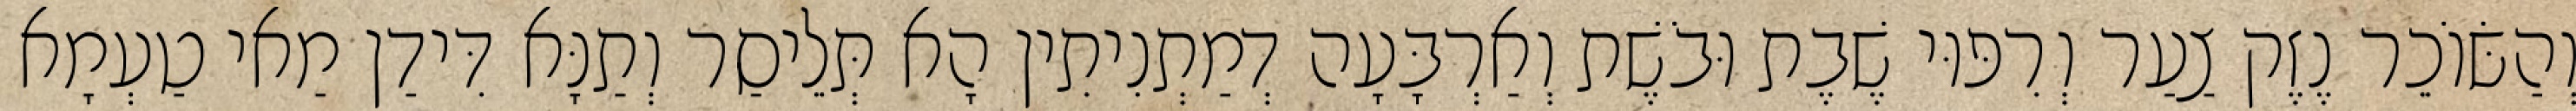
וְהַשּׂוֹכֵר נֶזֶק צַעַר וְרִפּוּי שֶׁבֶת וּבֹשֶׁת וְאַרְבָּעָה דְמַתְנִיתִין הָא תְּלֵיסַר וְתַנָּא דִּידַן מַאי טַעְמָא